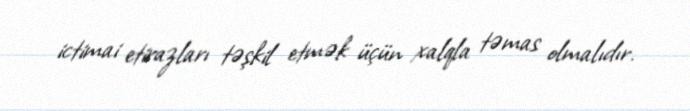
ictimai etirazları təşkil etmək üçün xalqla təmas olmalıdır.